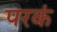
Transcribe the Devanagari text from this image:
परकं